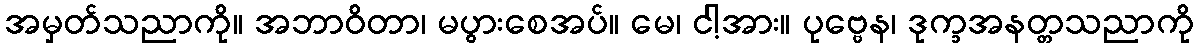
အမှတ်သညာကို။ အဘာဝိတာ၊ မပွားစေအပ်။ မေ၊ ငါ့အား။ ပုဗ္ဗေန၊ ဒုက္ခအနတ္တသညာကို